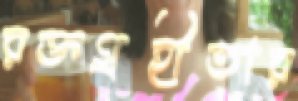
রক্তগ্রহীতার